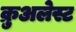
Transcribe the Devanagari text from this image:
क्रुअलेस्ट